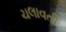
ચલાવતી